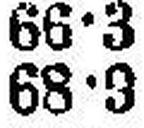
68•3